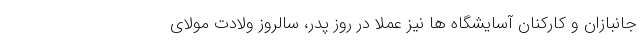
جانبازان و کارکنان آسایشگاه ها نیز عملا در روز پدر، سالروز ولادت مولای